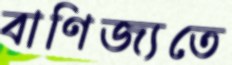
বাণিজ্যতে